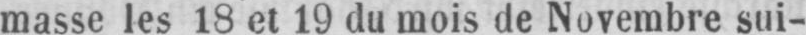
masse les 18 et 19 du mois de Novembre sui-